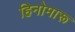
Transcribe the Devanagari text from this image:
हिनोमारू